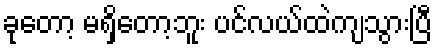
ခုတော့ မရှိတော့ဘူး ပင်လယ်ထဲကျသွားပြီ